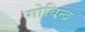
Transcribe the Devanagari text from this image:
गोविन्द्र